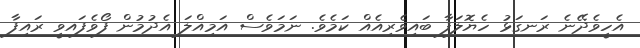
އެހީވެދޭނެ ރަނގަޅު ހެޔޮލަފާ ބައިވެރިއެއް ކަމެވެ. ނަމަވެސް އަމިއްލަ އެދުމުން ފޯވެފައވީ ރައިފާ